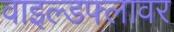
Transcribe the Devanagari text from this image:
वाइल्डफ्लावर